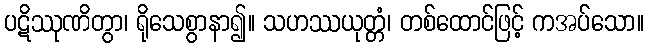
ပဋိဿုဏိတွာ၊ ရိုသေစွာနာ၍။ သဟဿယုတ္တံ၊ တစ်ထောင်ဖြင့် ကအပ်သော။